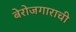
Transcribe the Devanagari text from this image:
बेरोजगाराची